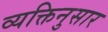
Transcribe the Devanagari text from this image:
व्यक्तिनुसार